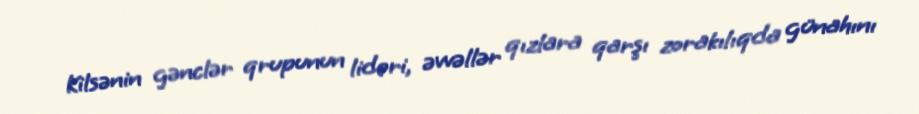
Kilsənin gənclər qrupunun lideri, əvvəllər qızlara qarşı zorakılıqda günahını